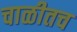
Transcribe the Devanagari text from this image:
चाळीतच